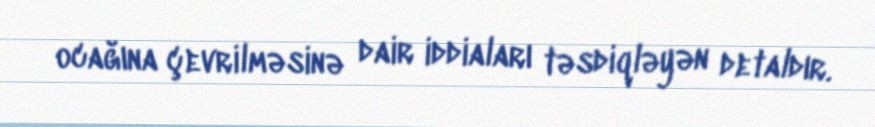
ocağına çevrilməsinə dair iddiaları təsdiqləyən detaldır.